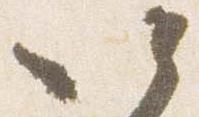
以